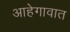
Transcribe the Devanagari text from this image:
आहेगावात